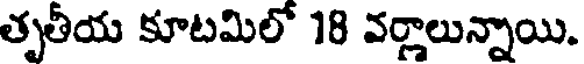
తృతీయ కూటమిలో 18 వర్ణాలున్నాయి.